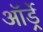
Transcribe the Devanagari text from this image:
ऑर्ड्रे